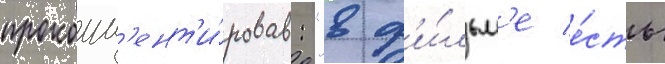
прокомм'ент'и́ровав: "в ф'и́льм'е е́сть